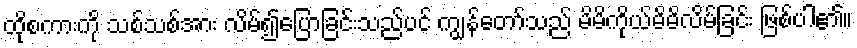
ထိုစကားကို သစ်သစ်အား လိမ်၍ပြောခြင်းသည်ပင် ကျွန်တော်သည် မိမိကိုယ်မိမိလိမ်ခြင်း ဖြစ်ပါ၏။